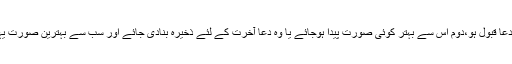
اول بعینہ وہی دعا قبول ہو،دوم اس سے بہتر کوئی صورت پیدا ہوجائے یا وہ دعا آخرت کے لئے ذخیرہ بنادی جائے اور سب سے بہترین صورت یہی تیسری ہے۔